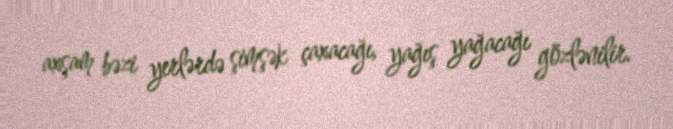
axşam bəzi yerlərdə şimşək çaxacağı, yağış yağacağı gözlənilir.